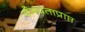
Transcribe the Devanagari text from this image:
योग्यताप्राप्त